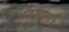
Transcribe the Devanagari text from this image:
अंवशेषमात्र